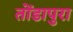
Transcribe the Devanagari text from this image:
तोंडापुरा